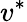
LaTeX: v^{*}